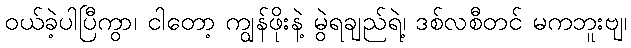
ဝယ်ခဲ့ပါပြီကွာ၊ ငါတော့ ကျွန်ဖိုးနဲ့ မွဲရချည်ရဲ့၊ ဒစ်လစီတင် မကဘူးဗျ၊